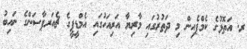
ރ. އަތޮޅުގެ ކެމްޕެއިން މި ދަތުރުގައި މާރިޔާ އަރިއަހުގައި އެމްޑީޕީގެ ޗެއަރޕާސަންގެ ނައިބު